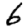
Digit: 6